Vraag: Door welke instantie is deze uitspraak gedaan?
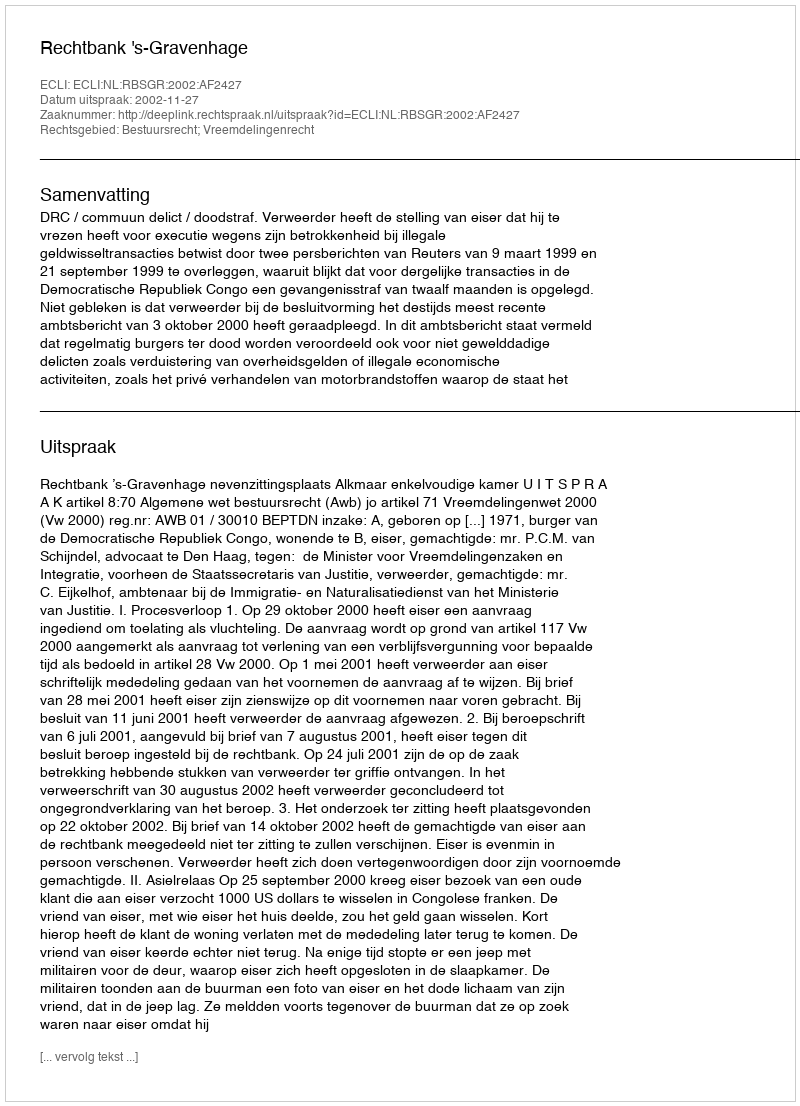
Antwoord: Rechtbank 's-Gravenhage